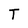
Character: T